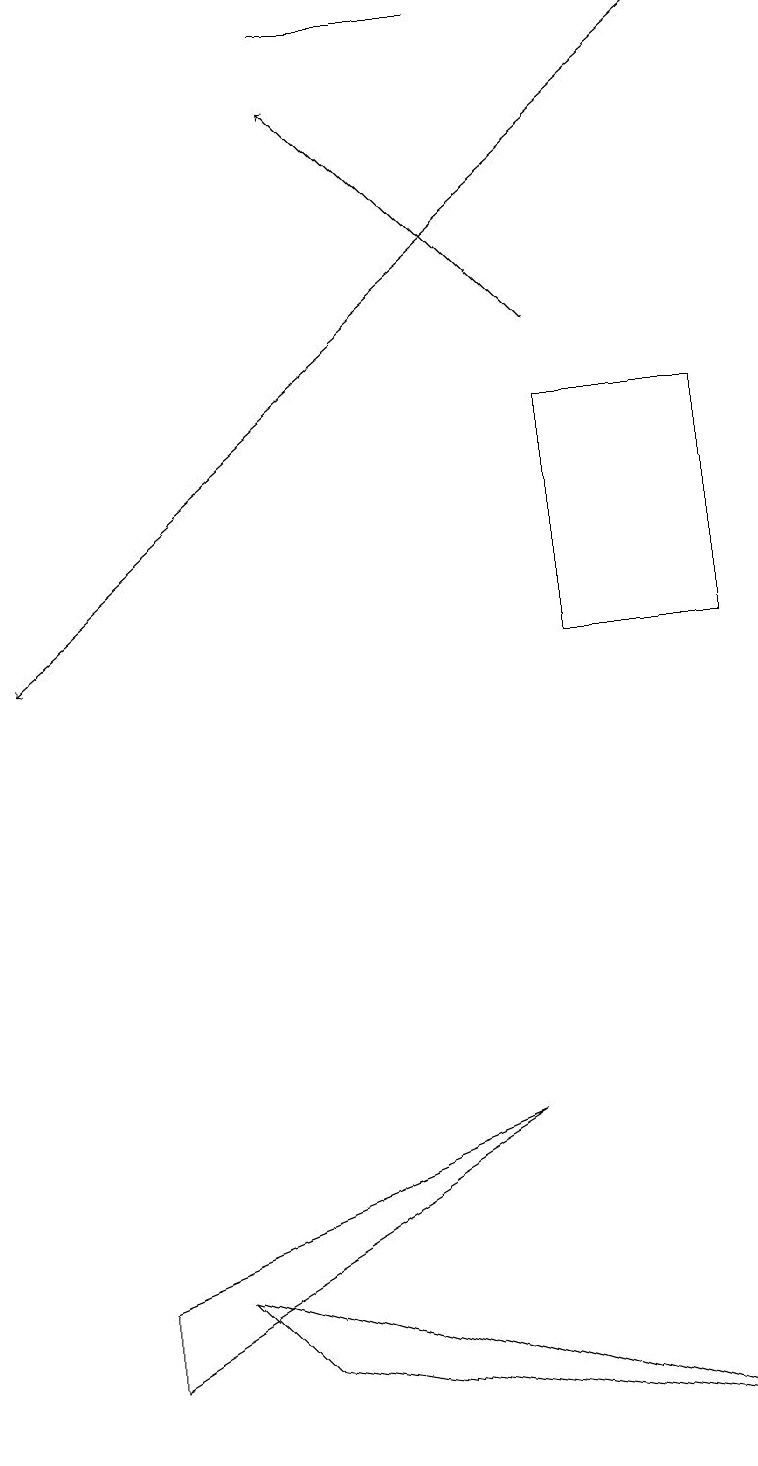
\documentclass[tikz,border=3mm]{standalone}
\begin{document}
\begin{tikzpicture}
\draw (6,5) -- (1,3) -- (1,2) -- cycle;
\draw (6,19) rectangle (4,19);
\draw (7,14) rectangle (9,11);
\draw[->] (9,19) -- (0,11);
\draw[->] (7,15) -- (4,18);
\draw (2,3) -- (9,1) -- (3,2) -- cycle;
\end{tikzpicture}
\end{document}